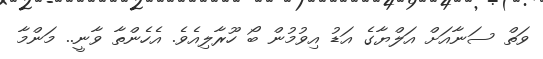
ވަތް ސަނާއަށް އަލްޔާގެ އަޑު އިވުމުން ބޯ ހޫރާލިއެވެ. އެހެންތާ ވާނީ.. މަންމާ